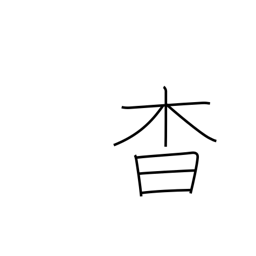
Meaning: darkness